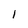
Character: I